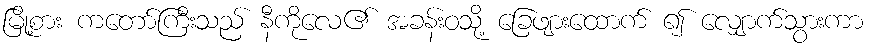
မြို့စား ကတော်ကြီးသည် နီကိုလေ၏ အခန်းဝသို့ ခြေဖျားထောက် ၍ လျှောက်သွားကာ